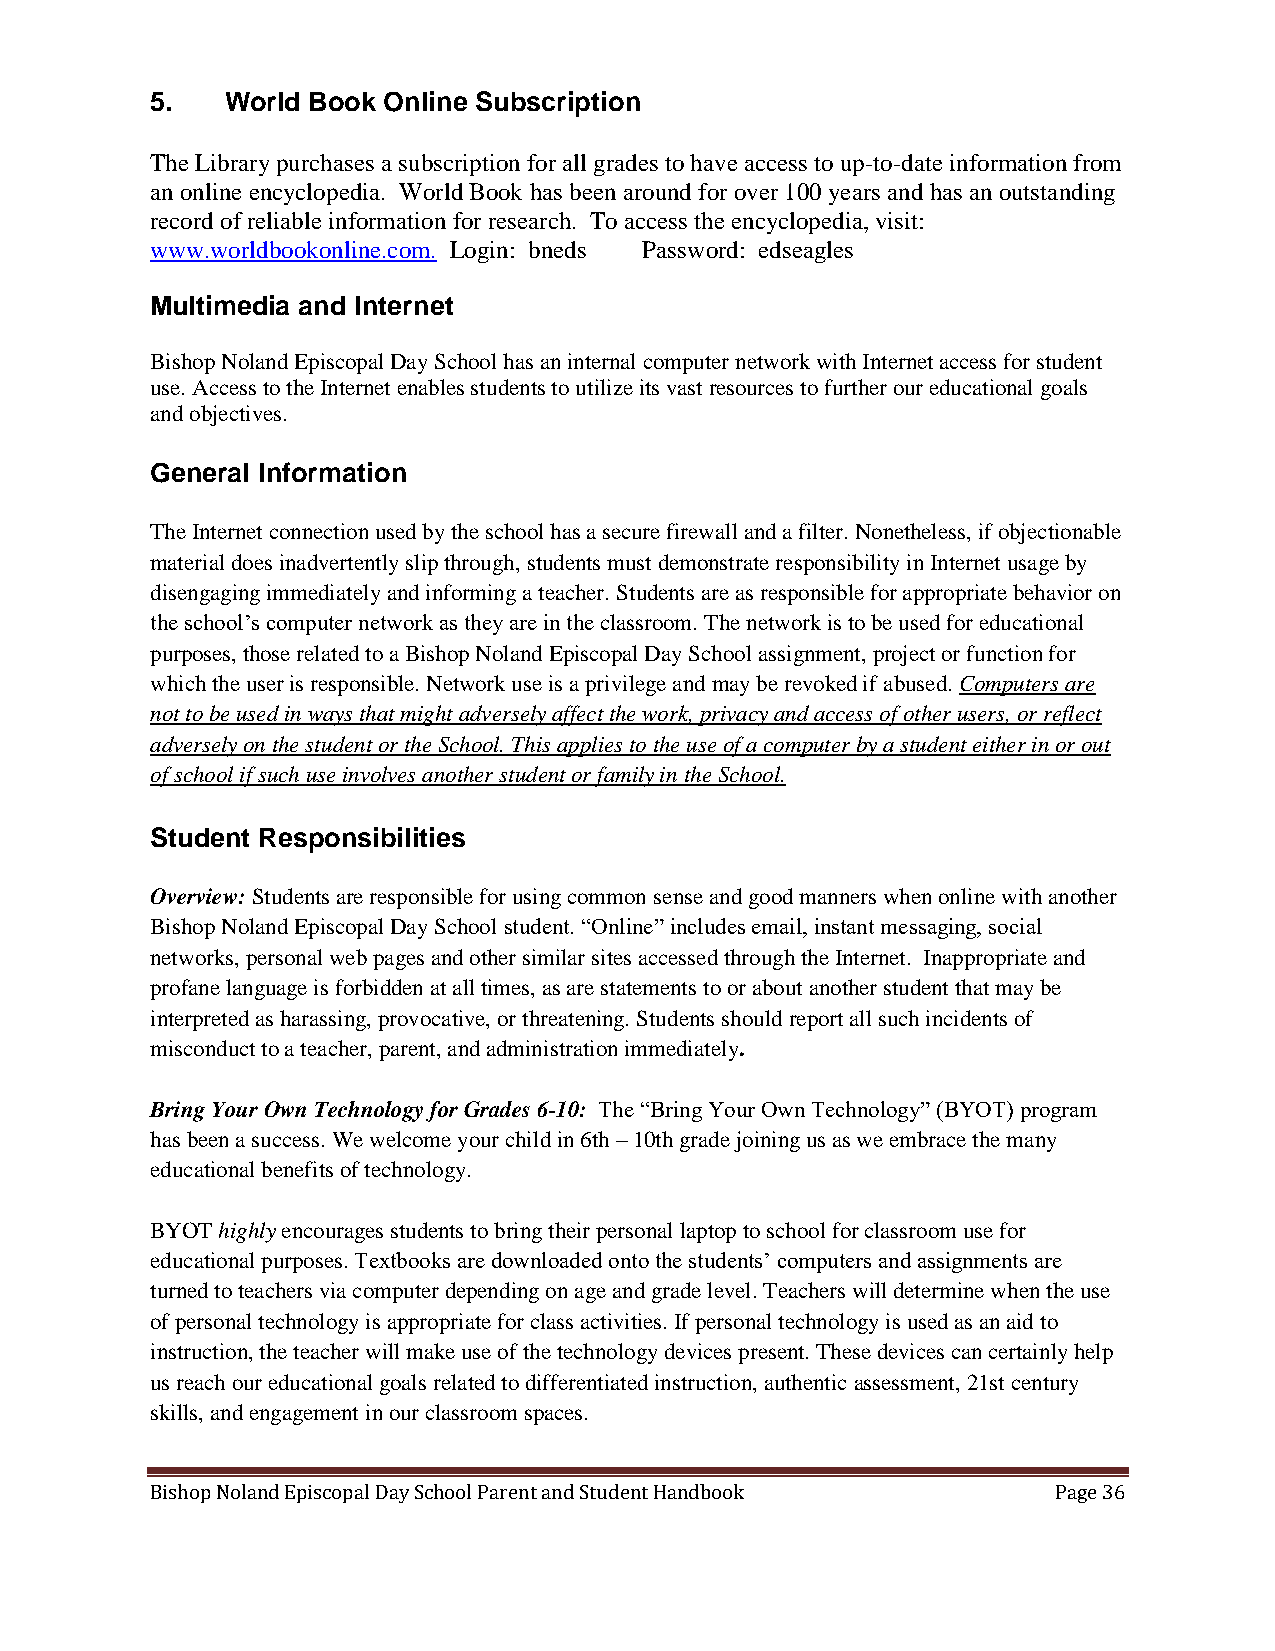
5.   World Book Online Subscription
 The Library purchases a subscription for all grades to have access to up-to-date information from
 an online encyclopedia. World Book has been around for over 100 years and has an outstanding
 record of reliable information for research. To access the encyclopedia, visit:
 www.worldbookonline.com. Login: bneds Password: edseagles
 Multimedia and Internet
 Bishop Noland Episcopal Day School has an internal computer network with Internet access for student
 use. Access to the Internet enables students to utilize its vast resources to further our educational goals
 and objectives.
 General Information
 The Internet connection used by the school has a secure firewall and a filter. Nonetheless, if objectionable
 material does inadvertently slip through, students must demonstrate responsibility in Internet usage by
 disengaging immediately and informing a teacher. Students are as responsible for appropriate behavior on
 the school’s computer network as they are in the classroom. The network is to be used for educational
 purposes, those related to a Bishop Noland Episcopal Day School assignment, project or function for
 which the user is responsible. Network use is a privilege and may be revoked if abused. Computers are
 not to be used in ways that might adversely affect the work, privacy and access of other users, or reflect
 adversely on the student or the School. This applies to the use of a computer by a student either in or out
 of school if such use involves another student or family in the School.
 Student Responsibilities
 Overview: Students are responsible for using common sense and good manners when online with another
 Bishop Noland Episcopal Day School student. “Online” includes email, instant messaging, social
 networks, personal web pages and other similar sites accessed through the Internet. Inappropriate and
 profane language is forbidden at all times, as are statements to or about another student that may be
 interpreted as harassing, provocative, or threatening. Students should report all such incidents of
 misconduct to a teacher, parent, and administration immediately.
 Bring Your Own Technology for Grades 6-10: The “Bring Your Own Technology” (BYOT) program
 has been a success. We welcome your child in 6th – 10th grade joining us as we embrace the many
 educational benefits of technology.
 BYOT highly encourages students to bring their personal laptop to school for classroom use for
 educational purposes. Textbooks are downloaded onto the students’ computers and assignments are
 turned to teachers via computer depending on age and grade level. Teachers will determine when the use
 of personal technology is appropriate for class activities. If personal technology is used as an aid to
 instruction, the teacher will make use of the technology devices present. These devices can certainly help
 us reach our educational goals related to differentiated instruction, authentic assessment, 21st century
 skills, and engagement in our classroom spaces.
 Bishop Noland Episcopal Day School Parent and Student Handbook Page 36